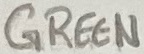
Text: GREEN